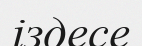
іздесе